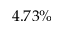
4 . 7 3 \%